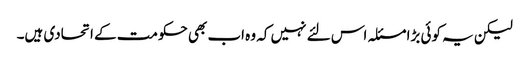
لیکن یہ کوئی بڑا مسئلہ اس لئے نہیں کہ وہ اب بھی حکومت کے اتحادی ہیں۔